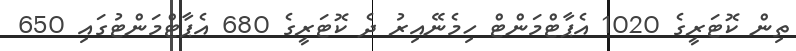
ތިން ކޮޓަރީގެ 1020 އެޕާޓްމަންޓް ހިމެނޭއިރު ދެ ކޮޓަރީގެ 680 އެޕާޓްމަންޓުގައި 650